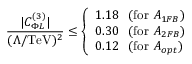
\frac { \vert C _ { \Phi L } ^ { ( 3 ) } \vert } { ( \Lambda / \mathrm { T e V } ) ^ { 2 } } \le \left\{ \begin{array} { l l } { { 1 . 1 8 ~ ~ ( \mathrm { f o r } ~ A _ { 1 F B } ) } } \\ { { 0 . 3 0 ~ ~ ( \mathrm { f o r } ~ A _ { 2 F B } ) } } \\ { { 0 . 1 2 ~ ~ ( \mathrm { f o r } ~ A _ { o p t } ) } } \end{array} \right.